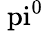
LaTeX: \mathrm{\ pi}^{0}